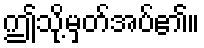
ဤသို့မှတ်အပ်၏။